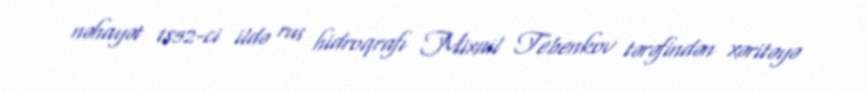
nəhayət 1852-ci ildə rus hidroqrafı Mixail Tebenkov tərəfindən xəritəyə